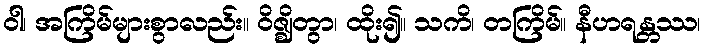
ဝါ၊ အကြိမ်များစွာလည်း။ ဝိဇ္ဈိတွာ၊ ထိုး၍။ သကိ၊ တကြိမ်။ နီဟရန္တဿ၊